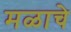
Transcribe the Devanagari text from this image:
मळाचे